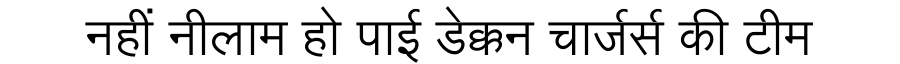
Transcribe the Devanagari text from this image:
नहीं नीलाम हो पाई डेक्कन चार्जर्स की टीम